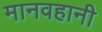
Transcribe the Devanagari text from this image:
मानवहानी